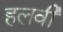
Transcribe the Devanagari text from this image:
हलवी